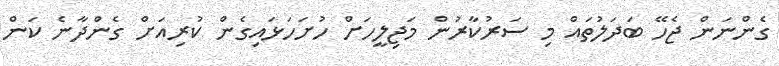
ގެންނަން ޖެހޭ ބަދަލުތައް މި ސަރުކާރުން މަޖިލީހަށް ހުށަހަޅައިގެން ކުރިއަށް ގެންދާނެ ކަން